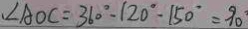
\angle A O C = 3 6 0 ^ { \circ } - 1 2 0 ^ { \circ } - 1 5 0 ^ { \circ } = 9 0 ^ { \circ }